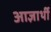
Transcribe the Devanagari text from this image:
आज्ञार्थी